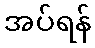
အပ်ရန်